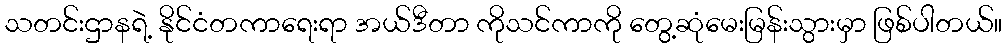
သတင်းဌာနရဲ့ နိုင်ငံတကာရေးရာ အယ်ဒီတာ ကိုသင်ကာကို တွေ့ဆုံမေးမြန်းသွားမှာ ဖြစ်ပါတယ်။